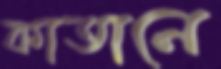
কাতানে